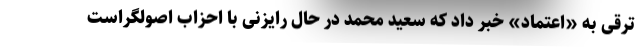
ترقی به «اعتماد» خبر داد که سعید محمد در حال رایزنی با احزاب اصولگراست